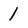
Character: 1